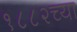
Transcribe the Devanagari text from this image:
१८८२च्या